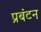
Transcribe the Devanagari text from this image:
प्रबंटन